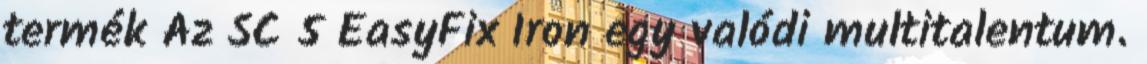
termék Az SC 5 EasyFix Iron egy valódi multitalentum.